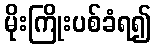
မိုးကြိုးပစ်ခံရ၍